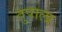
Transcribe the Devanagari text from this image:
तुपाला